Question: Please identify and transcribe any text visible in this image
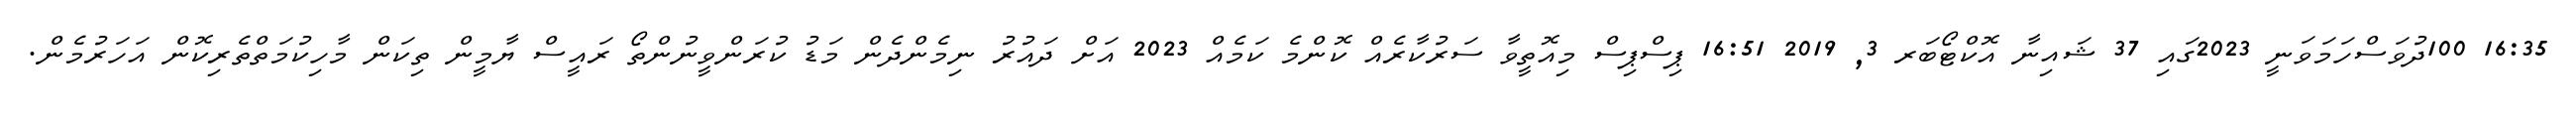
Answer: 16:35 100ދުވަސްހަމަވަނީ 2023ގައި 37 ޝައިނާ އޮކްޓޯބަރ 3, 2019 16:51 ޕިސްޕިސް މިއޮތީވާ ސަރުކާރެއް ކޮންމެ ކަމެއް 2023 އަށް ދައުރު ނިމެންދެން މަޑު ކުރަންވީނުންތޯ ރައީސް ޔާމީން ތިކަން މާހިކުމަތްތެރިކޮން އަހަރުމެން.